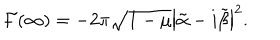
{ \cal F } ( \infty ) = - 2 \pi \sqrt { 1 - \mu } \left\vert \tilde { \alpha } - i \tilde { \beta } \right\vert ^ { 2 } .